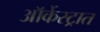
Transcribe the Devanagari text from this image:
ऑर्केस्ट्रात